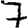
Digit: 7